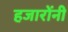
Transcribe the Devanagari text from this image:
हजारोंनी